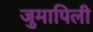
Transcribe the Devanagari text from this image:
जुमापिली